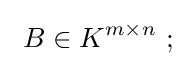
\ B\in K^{m\times n}~;